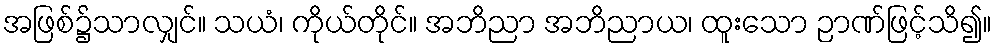
အဖြစ်၌သာလျှင်။ သယံ၊ ကိုယ်တိုင်။ အဘိညာ အဘိညာယ၊ ထူးသော ဉာဏ်ဖြင့်သိ၍။